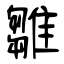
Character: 雛